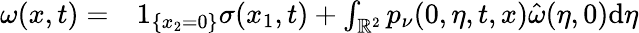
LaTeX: \begin{array}{rl}{\omega(x,t)=}&{{}1_{\{ x_{2}=0\} }\sigma(x_{1},t)+\int_{\mathbb{R}^{2}}p_{\nu}(0,\eta,t,x)\hat{\omega}(\eta,0)\mathrm{d}\eta}\end{array}